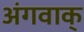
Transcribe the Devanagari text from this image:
अंगवाक्